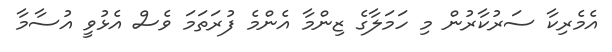
އެމެރިކާ ސަރުކާރުން މި ހަމަލާގެ ޒިންމާ އެންމެ ފުރަތަމަ ވެސް އެޅުވީ އުސާމާ